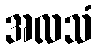
အလသံ